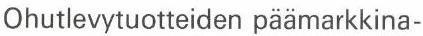
Ohutlevytuotteiden päämarkkina-